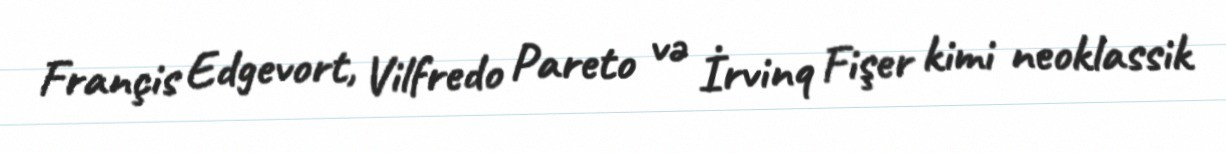
Françis Edgevort, Vilfredo Pareto və İrvinq Fişer kimi neoklassik